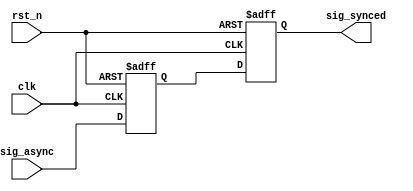
// This program was cloned from: https://github.com/flytt-away/FPGA-Video-Capture
// License: MIT License

///////////////////////////////////////////////////////////////////////////////
//
// Copyright (c) 2019 PANGO MICROSYSTEMS, INC
// ALL RIGHTS REVERVED.
//
// THE SOURCE CODE CONTAINED HEREIN IS PROPRIETARY TO PANGO MICROSYSTEMS, INC.
// IT SHALL NOT BE REPRODUCED OR DISCLOSED IN WHOLE OR IN PART OR USED BY
// PARTIES WITHOUT WRITTEN AUTHORIZATION FROM THE OWNER.
//
///////////////////////////////////////////////////////////////////////////////
//
// Library:
// Filename:
///////////////////////////////////////////////////////////////////////////////
`timescale 1ns/1ps
module ipml_hsst_rst_sync_v1_0
    (
     input                  clk,
     input                  rst_n,

     input                  sig_async,
     output reg             sig_synced
    );

//
reg                      sig_async_ff;

//single bit
always@(posedge clk or negedge rst_n)
begin
    if (!rst_n)
        sig_async_ff <= 1'b0;
    else
        sig_async_ff <= sig_async;
end

always@(posedge clk or negedge rst_n)
begin
    if (!rst_n)
        sig_synced <= 1'b0;
    else
        sig_synced <= sig_async_ff;
end

endmodule